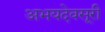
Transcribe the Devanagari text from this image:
अभयदेवसूरी